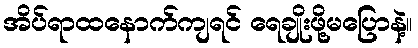
အိပ်ရာထနောက်ကျရင် ရေချိုးဖို့မပြောနဲ့။